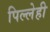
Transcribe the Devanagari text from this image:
पिल्लेही